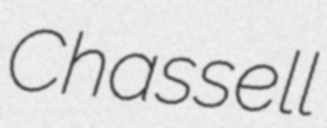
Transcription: Chassell